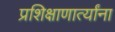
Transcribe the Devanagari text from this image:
प्रशिक्षाणार्त्यांना